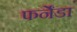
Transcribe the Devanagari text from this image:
फर्नेंडा